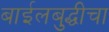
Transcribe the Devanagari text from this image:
बाईलबुद्धीचा